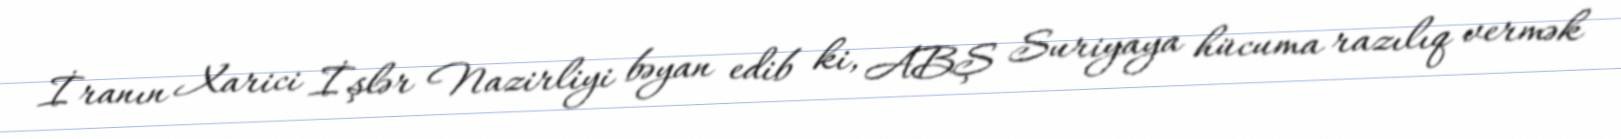
İranın Xarici İşlər Nazirliyi bəyan edib ki, ABŞ Suriyaya hücuma razılıq vermək